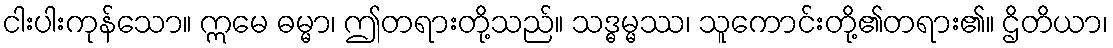
ငါးပါးကုန်သော။ ဣမေ ဓမ္မာ၊ ဤတရားတို့သည်။ သဒ္ဓမ္မဿ၊ သူကောင်းတို့၏တရား၏။ ဌိတိယာ၊